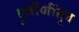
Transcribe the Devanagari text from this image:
दुर्बीणींतून